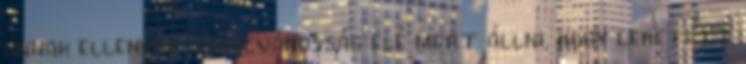
annak ellenére a nyilvánosság elé mert állni, hogy lehetett